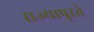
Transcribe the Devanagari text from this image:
राज्यापुरते